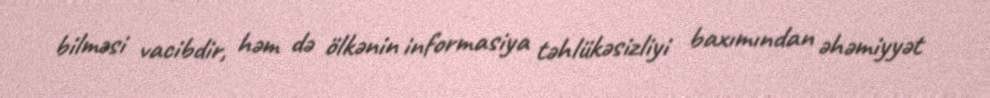
bilməsi vacibdir, həm də ölkənin informasiya təhlükəsizliyi baxımından əhəmiyyət